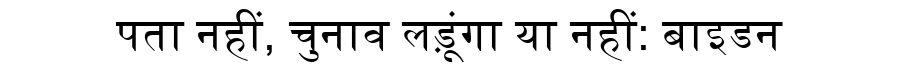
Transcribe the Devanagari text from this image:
पता नहीं, चुनाव लड़ूंगा या नहीं: बाइडन